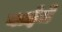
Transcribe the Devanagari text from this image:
बाईंचे